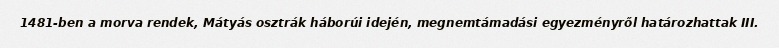
1481-ben a morva rendek, Mátyás osztrák háborúi idején, megnemtámadási egyezményről határozhattak III.